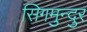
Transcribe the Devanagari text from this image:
सिगमुन्दुर